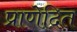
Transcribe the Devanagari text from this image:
प्राणेदित